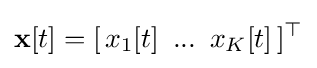
\mathbf {x} [t]=[\,x_{1}[t]\,\ ...\,\ x_{K}[t]\,]^{\top }